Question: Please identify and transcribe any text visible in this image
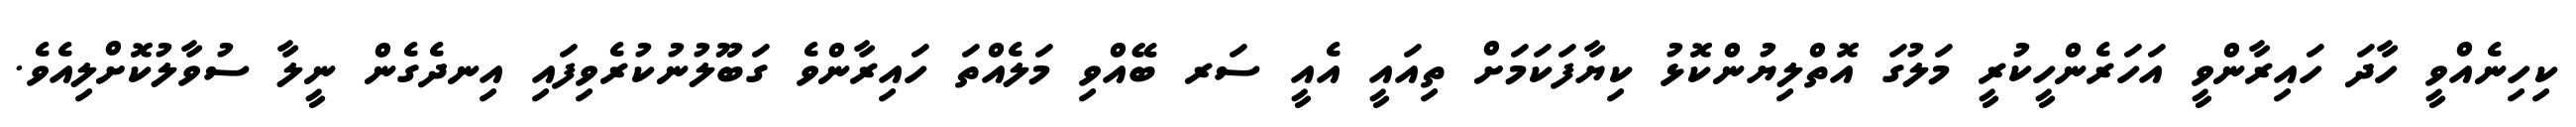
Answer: ކިހިނެއްވީ ހާދަ ހައިރާންވީ އަހަރެންހީކުރީ މަލުގަ އޮތްލިޔުންކޮޅު ކިޔާފަކަމަށް ތިއައީ އެއީ ސަރ ބޭއްވި މަލެއްތަ ހައިރާންވެ ގަބޫލުނުކުރެވިފައި އިނދެގެން ނީލާ ސުވާލުކޮށްލިއެވެ.